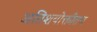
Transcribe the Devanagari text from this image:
अतिशयोक्तींतच